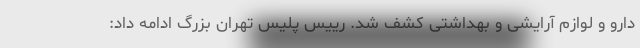
دارو و لوازم آرایشی و بهداشتی کشف شد. رییس پلیس تهران بزرگ ادامه داد:‌